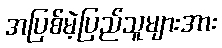
အပြစ်မဲ့ပြည်သူများအား